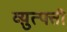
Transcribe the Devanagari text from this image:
व्य़ुत्पत्ती